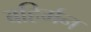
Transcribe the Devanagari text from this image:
बहिर्मन